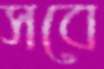
সবে